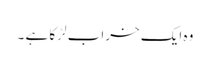
وہ ایک خراب لڑکا ہے ۔